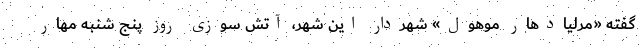
گفته «مرلیادهار موهول» شهردار این شهر، آتش سوزی روز پنج شنبه مهار